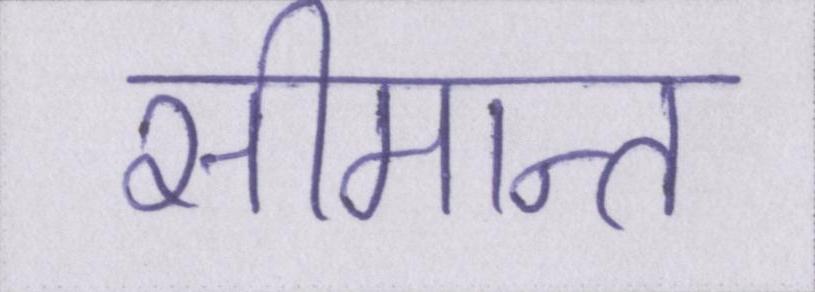
सीमान्त